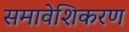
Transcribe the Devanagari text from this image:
समावेशिकरण